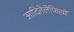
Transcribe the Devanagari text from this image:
आदितेलेफिल्में